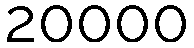
20000